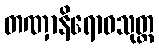
တဏှာနိရောဓသုတ္တ